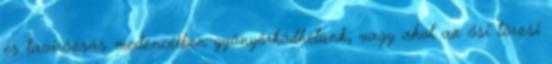
és tavirózsás medencéiben gyönyörködhetünk, vagy ahol az ősi törzsi